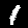
Digit: 1